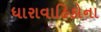
ધારાવાહિકોના